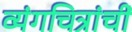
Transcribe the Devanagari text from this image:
व्यंगचित्रांचीं